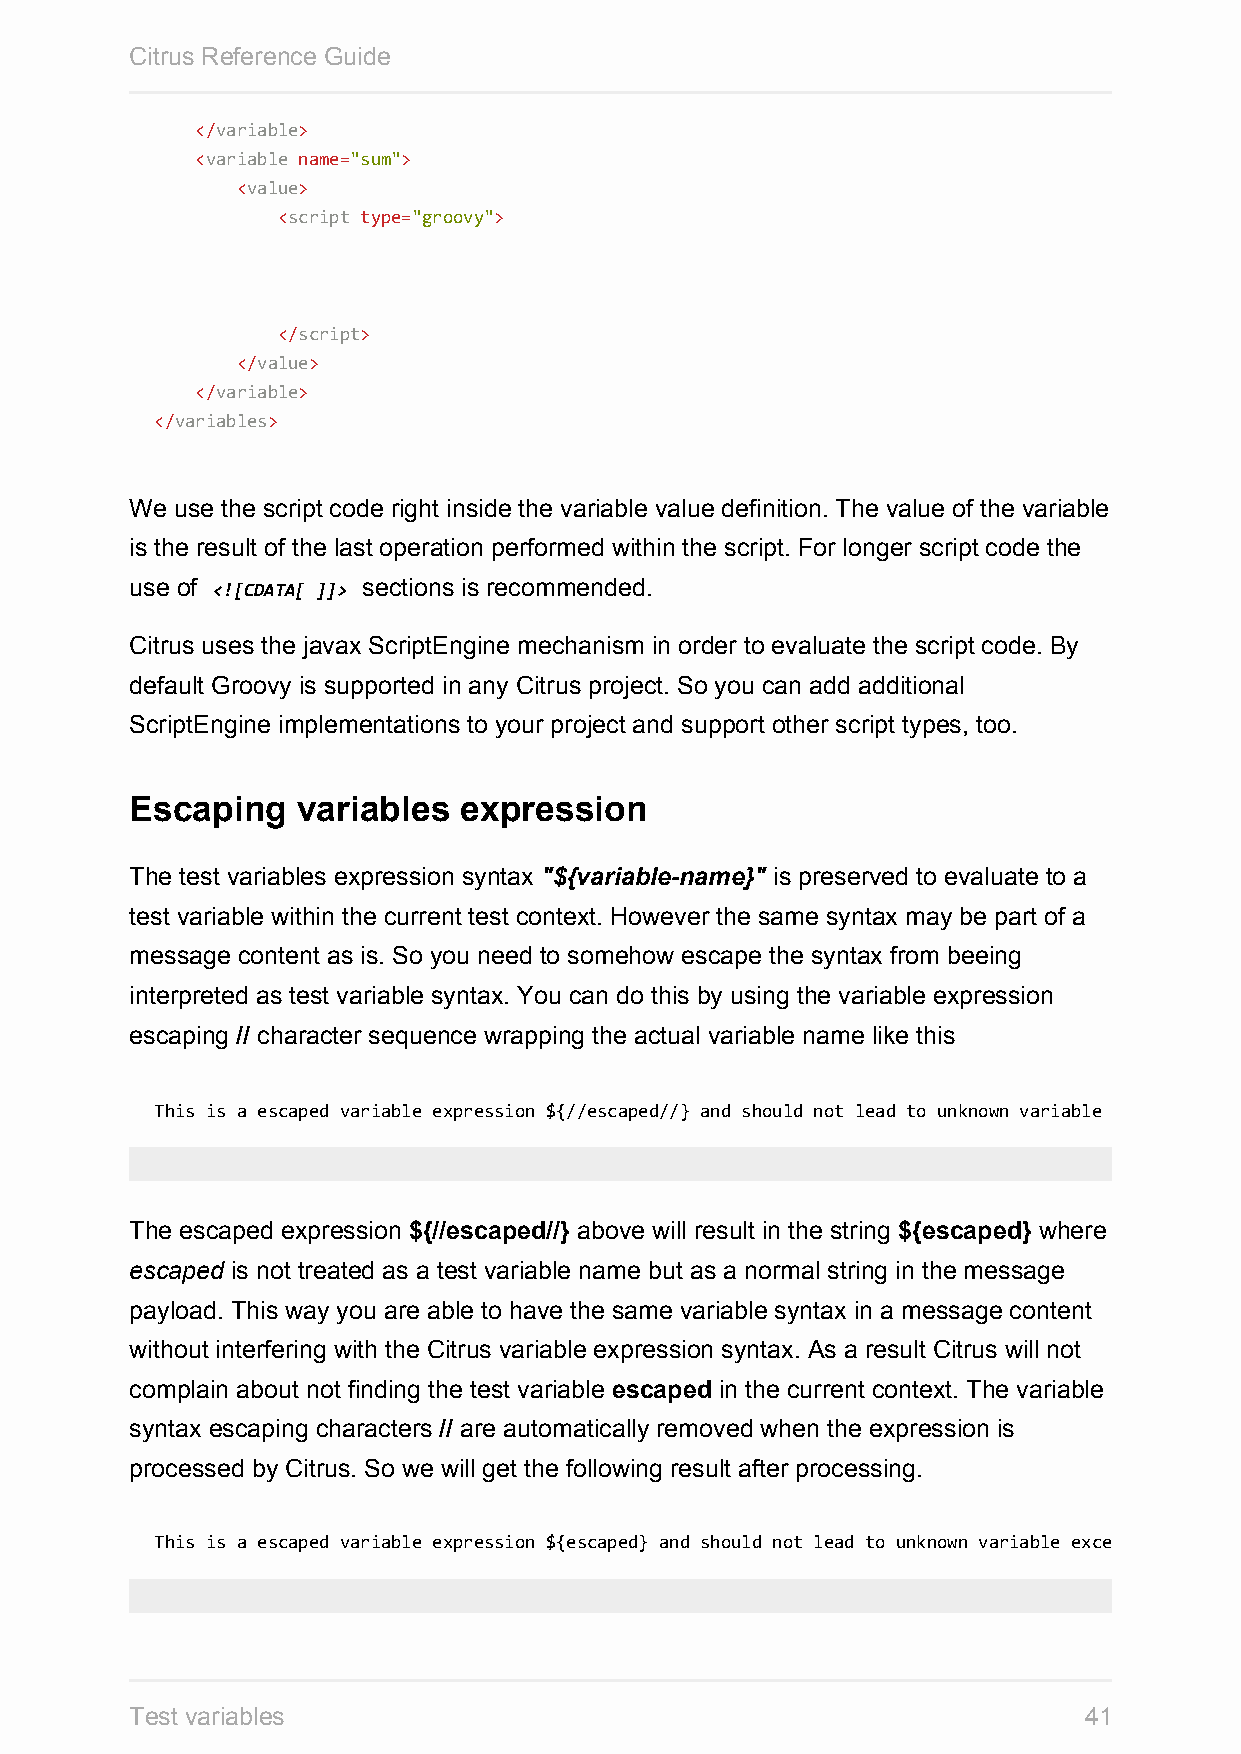
Citrus Reference Guide
 </variable>
 <variable name="sum">
 <value>
 <script type="groovy">
 </script>
 </value>
 </variable>
 </variables>
 We use the script code right inside the variable value definition. The value of the variable
 is the result of the last operation performed within the script. For longer script code the
 use of <![CDATA[ ]]> sections is recommended.
 Citrus uses the javax ScriptEngine mechanism in order to evaluate the script code. By
 default Groovy is supported in any Citrus project. So you can add additional
 ScriptEngine implementations to your project and support other script types, too.
 Escaping   variables expression
 The test variables expression syntax "${variable-name}" is preserved to evaluate to a
 test variable within the current test context. However the same syntax may be part of a
 message content as is. So you need to somehow escape the syntax from beeing
 interpreted as test variable syntax. You can do this by using the variable expression
 escaping // character sequence wrapping the actual variable name like this
 This is a escaped variable expression ${//escaped//} and should not lead to unknown variable exceptions within Citrus.
 The escaped expression ${//escaped//} above will result in the string ${escaped} where
 escaped is not treated as a test variable name but as a normal string in the message
 payload. This way you are able to have the same variable syntax in a message content
 without interfering with the Citrus variable expression syntax. As a result Citrus will not
 complain about not finding the test variable escaped in the current context. The variable
 syntax escaping characters // are automatically removed when the expression is
 processed by Citrus. So we will get the following result after processing.
 This is a escaped variable expression ${escaped} and should not lead to unknown variable exceptions within Citrus.
 Test variables                                                 41